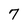
Character: 7